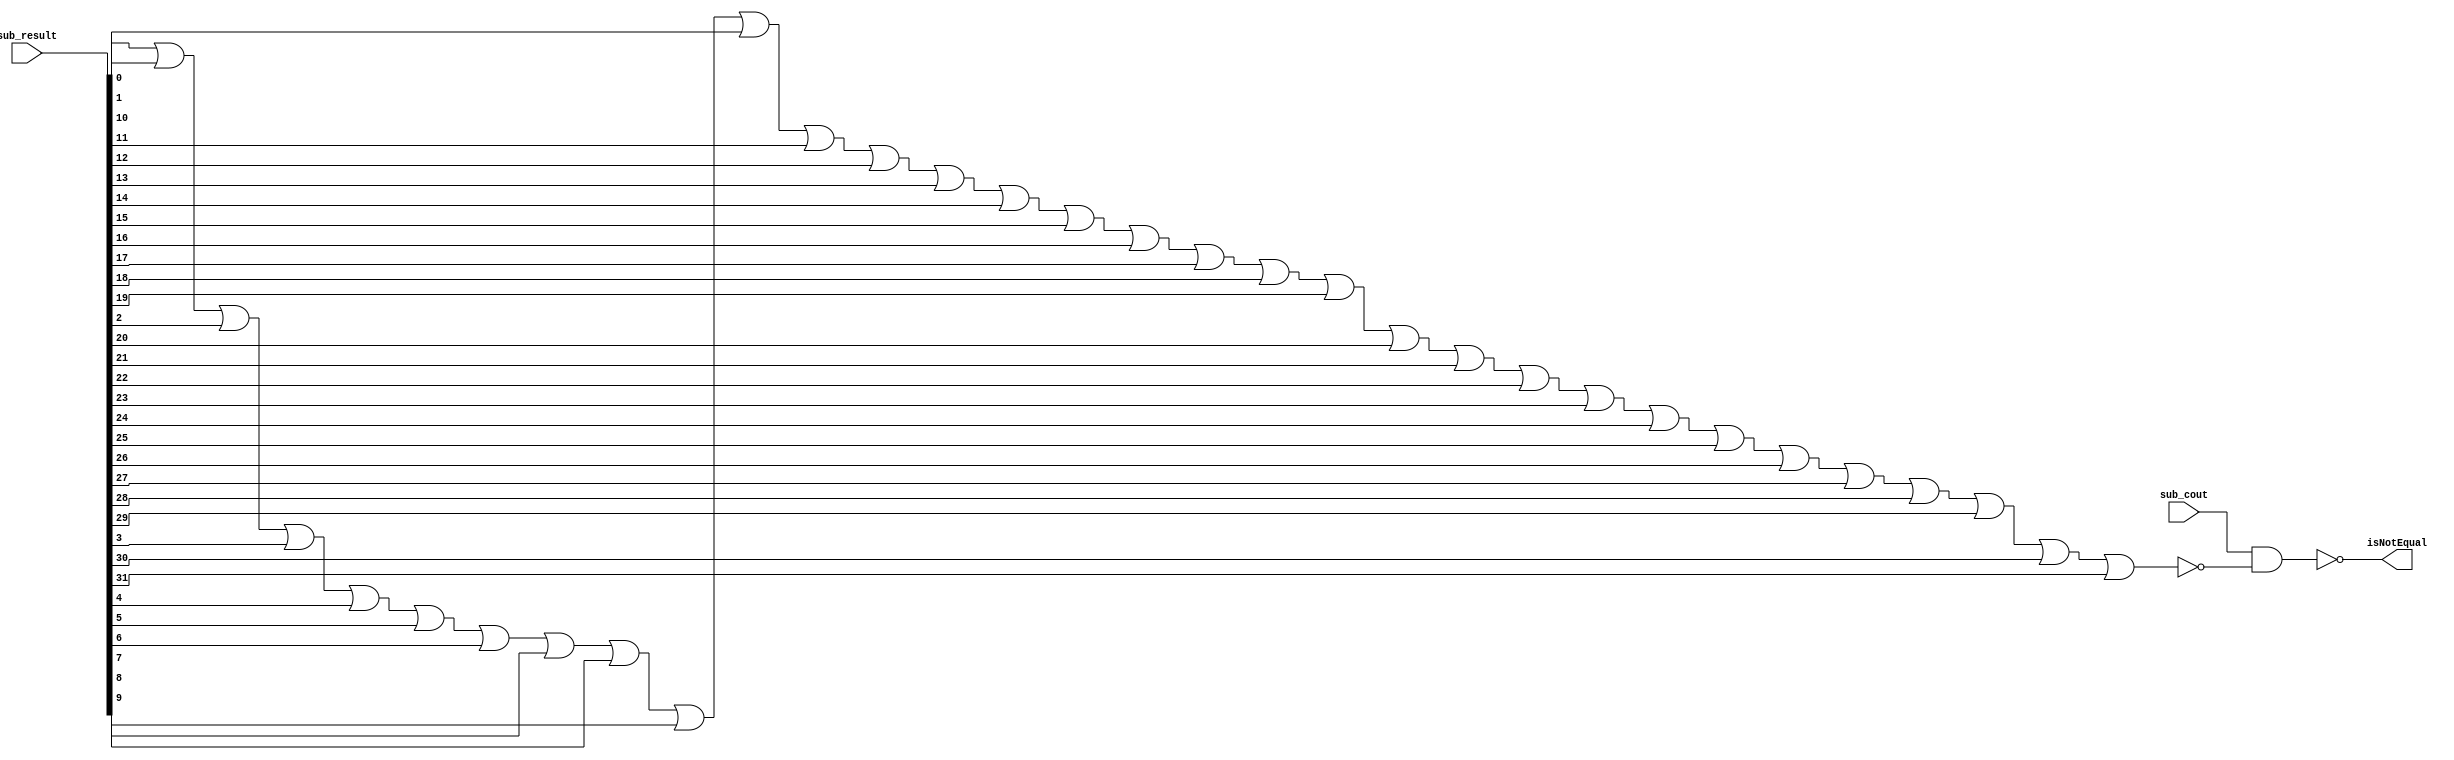
module IsNotEqual(sub_result, sub_cout, isNotEqual);
	input [31:0] sub_result; //subtract_result
	input sub_cout;  //subtract_cout
	output isNotEqual;
	wire bitwise_or_result, n_bitwise_or_result, isEqual;
	
	or or0 (bitwise_or_result, sub_result[0], sub_result[1], sub_result[2], sub_result[3], sub_result[4], sub_result[5], sub_result[6], sub_result[7], sub_result[8], sub_result[9], sub_result[10], sub_result[11], sub_result[12], sub_result[13], sub_result[14], sub_result[15], sub_result[16], sub_result[17], sub_result[18], sub_result[19], sub_result[20], sub_result[21], sub_result[22], sub_result[23], sub_result[24], sub_result[25], sub_result[26], sub_result[27], sub_result[28], sub_result[29], sub_result[30], sub_result[31]);
	
	not not0 (n_bitwise_or_result, bitwise_or_result);
	and and0 (isEqual, sub_cout, n_bitwise_or_result);
	not not1 (isNotEqual, isEqual);
	
endmodule